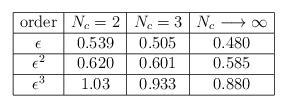
LaTeX: \begin{align*}\begin{array}{|c|c|c|c|}\hline\mbox{order}&N_c=2&N_c=3&N_c\longrightarrow\infty\\\hline\epsilon&0.539&0.505&0.480 \\\hline\epsilon^2&0.620&0.601&0.585 \\\hline\epsilon^3&1.03&0.933&0.880 \\\hline\end{array}\end{align*}